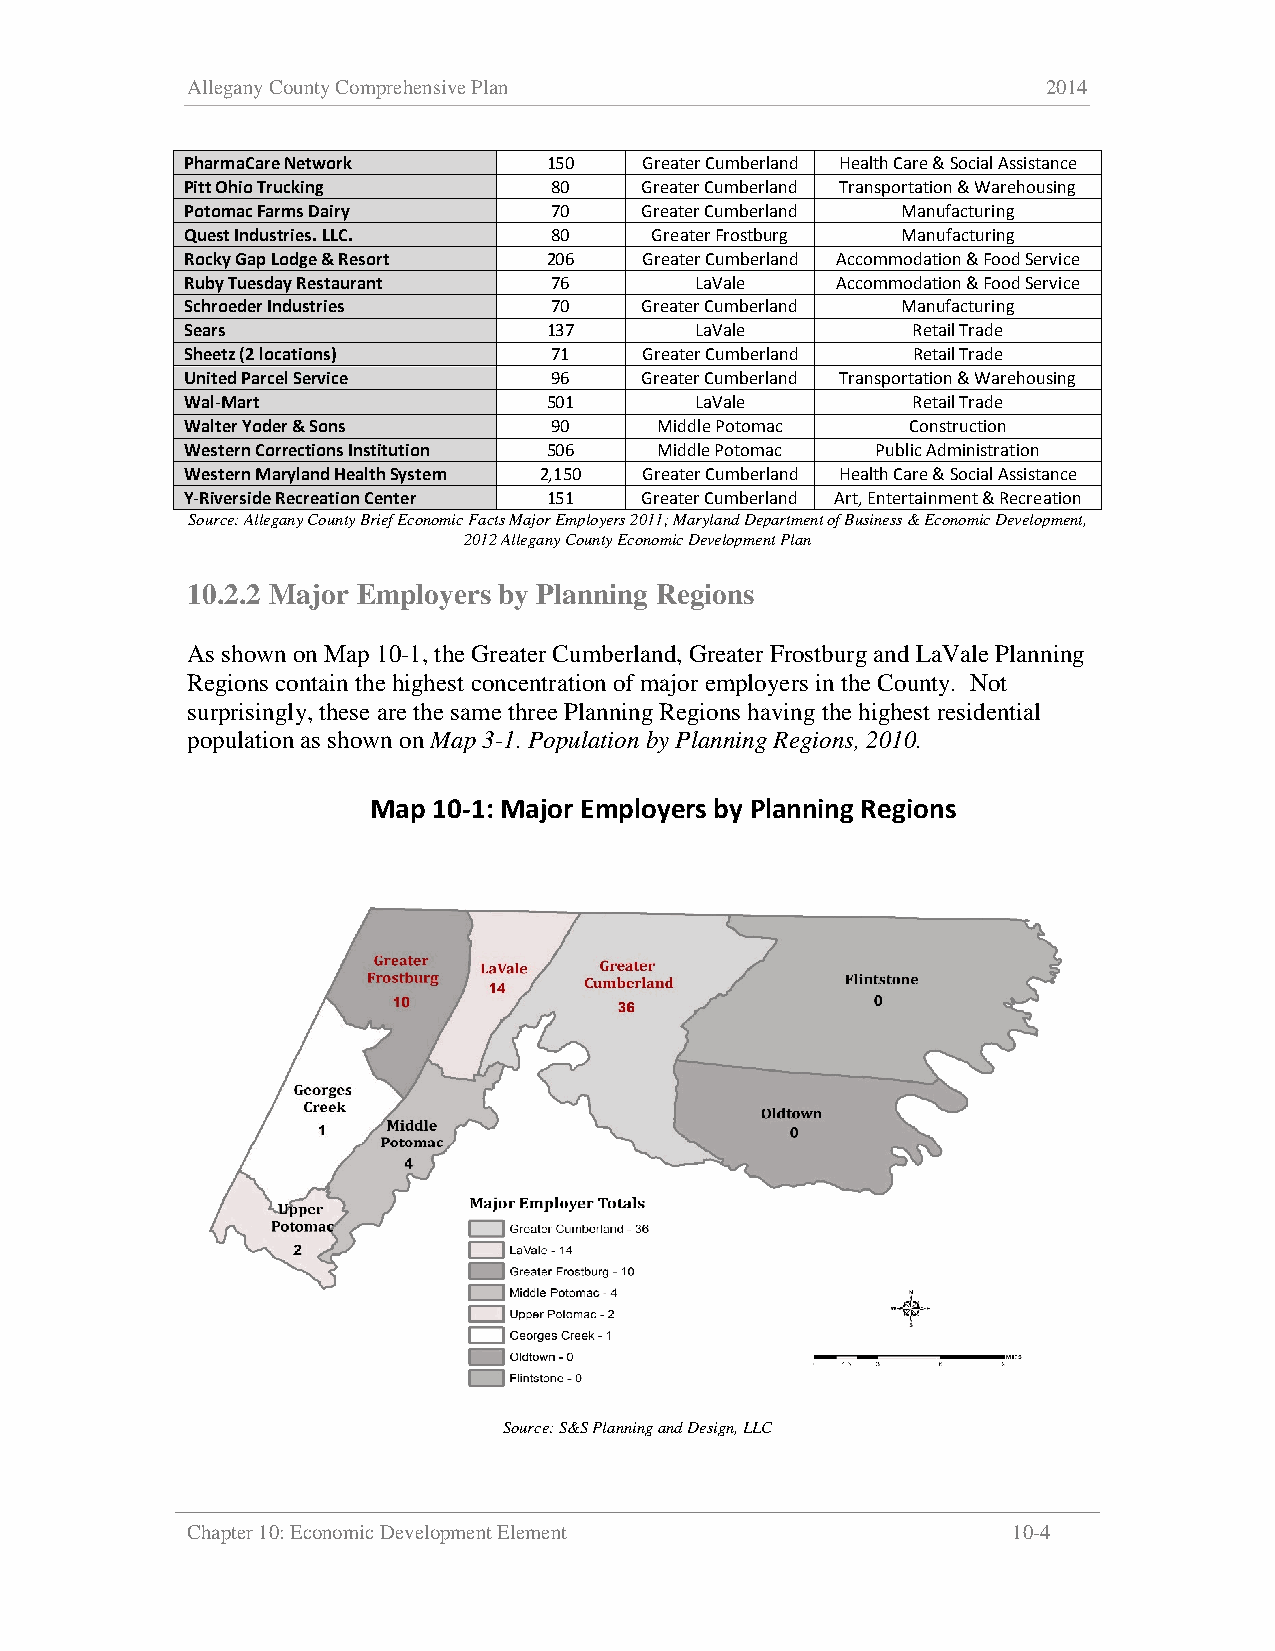
Allegany County Comprehensive Plan                       2014
 PharmaCare Network      150    Greater Cumberland Health Care & Social Assistance
 Pitt Ohio Trucking       80    Greater Cumberland Transportation & Warehousing
 Potomac Farms Dairy      70    Greater Cumberland Manufacturing
 Quest Industries. LLC.   80    Greater Frostburg Manufacturing
 Rocky Gap Lodge & Resort 206   Greater Cumberland Accommodation & Food Service
 Ruby Tuesday Restaurant  76       LaVale   Accommodation & Food Service
 Schroeder Industries     70    Greater Cumberland Manufacturing
 Sears                   137       LaVale        Retail Trade
 Sheetz (2 locations)     71    Greater Cumberland Retail Trade
 United Parcel Service    96    Greater Cumberland Transportation & Warehousing
 Wal-Mart                501       LaVale        Retail Trade
 Walter Yoder & Sons      90     Middle Potomac  Construction
 Western Corrections Institution 506 Middle Potomac Public Administration
 Western Maryland Health System 2,150 Greater Cumberland Health Care & Social Assistance
 Y-Riverside Recreation Center 151 Greater Cumberland Art, Entertainment & Recreation
 Source: Allegany County Brief Economic Facts Major Employers 2011; Maryland Department of Business & Economic Development,
 2012 Allegany County Economic Development Plan
 10.2.2 Major Employers by Planning Regions
 As shown on Map 10-1, the Greater Cumberland, Greater Frostburg and LaVale Planning
 Regions contain the highest concentration of major employers in the County. Not
 surprisingly, these are the same three Planning Regions having the highest residential
 population as shown on Map 3-1. Population by Planning Regions, 2010.
 Map  10-1: Major Employers by Planning Regions
 Source: S&S Planning and Design, LLC
 Chapter 10: Economic Development Element               10-4